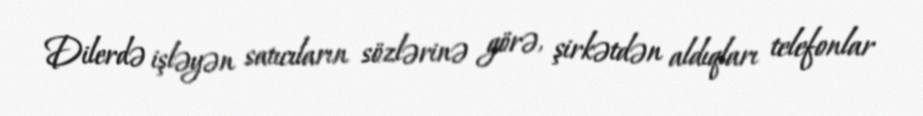
Dilerdə işləyən satıcıların sözlərinə görə, şirkətdən aldıqları telefonlar